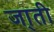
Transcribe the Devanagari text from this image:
जा्ती